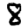
Digit: 8